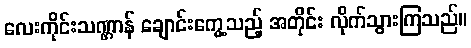
လေးကိုင်းသဏ္ဌာန် ချောင်းကွေ့သည့် အတိုင်း လိုက်သွားကြသည်။